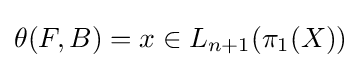
\theta (F,B)=x\in L_{n+1}(\pi _{1}(X))